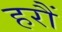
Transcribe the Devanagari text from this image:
हरौं